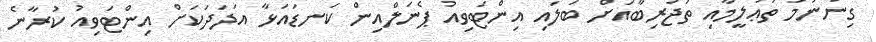
ގިނަނަމަ ތަޢުލީމާއި ތަޖުރިބާއަށް ބަލައި އިންޓަވިއު ޕެނަލްއިން ކަނޑައަޅާ އަދަދަކަށް އިންޓަވިއު ކުރާނެ